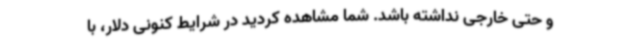
و حتی خارجی نداشته باشد. شما مشاهده کردید در شرایط کنونی دلار، با